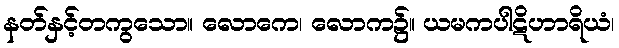
နတ်နှင့်တကွသော။ လောကေ၊ လောက၌။ ယမကပါဋိဟာရိယံ၊